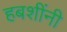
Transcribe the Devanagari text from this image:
हबशींनी